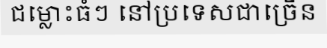
ជម្លោះធំៗ នៅប្រទេសជាច្រើន